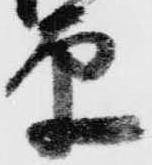
原